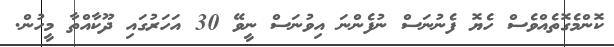
ކޮންމެގޮތެއްވެސް ހެޔޮ ފެނުނަސް ނުފެންނަ އިވުނަސް ނީވޭ 30 އަހަރުގައި ދޫކާއްތާ މީހުން.